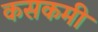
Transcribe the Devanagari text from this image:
कसकमी